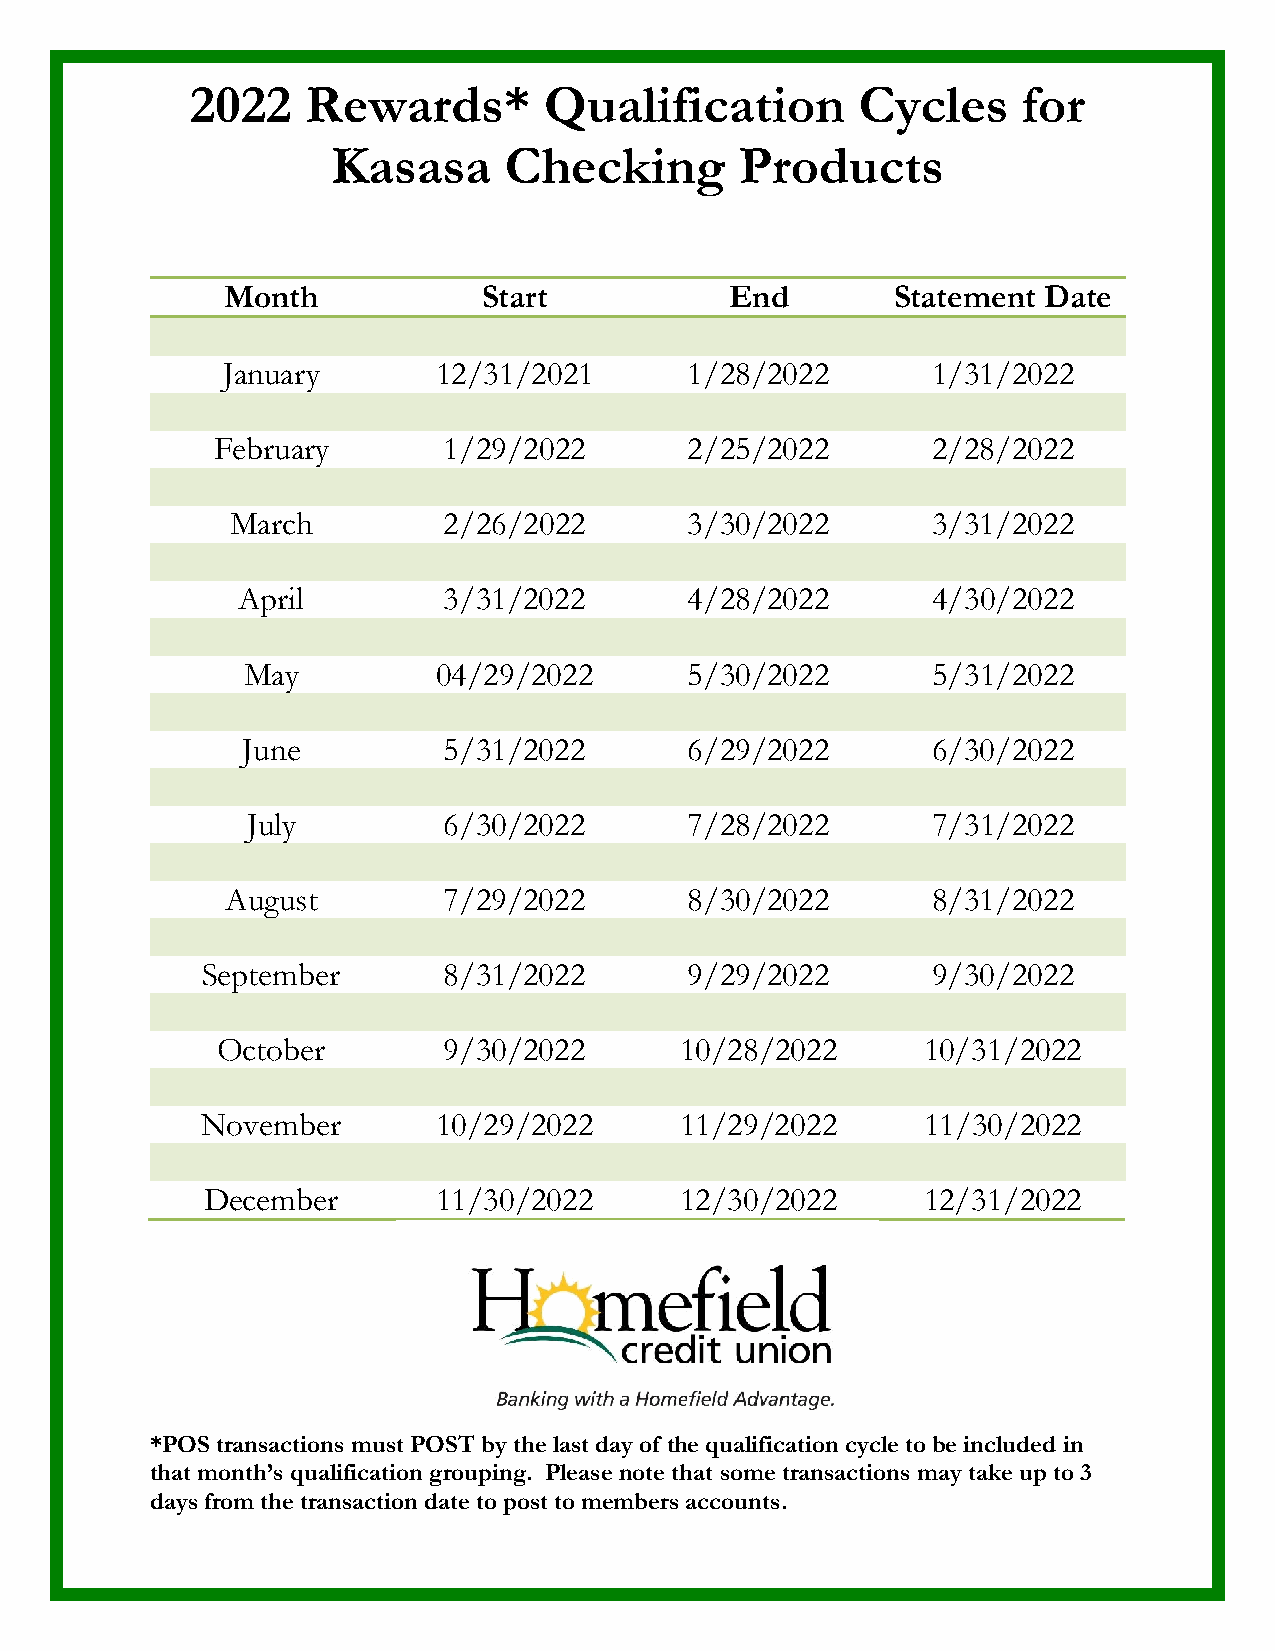
2022   Rewards*        Qualification        Cycles     for
 Kasasa     Checking        Products
 Month            Start           End        Statement Date
 January       12/31/2021       1/28/2022       1/31/2022
 February       1/29/2022        2/25/2022       2/28/2022
 March         2/26/2022        3/30/2022       3/31/2022
 April        3/31/2022        4/28/2022       4/30/2022
 May          04/29/2022       5/30/2022       5/31/2022
 June         5/31/2022        6/29/2022       6/30/2022
 July         6/30/2022        7/28/2022       7/31/2022
 August        7/29/2022        8/30/2022       8/31/2022
 September       8/31/2022        9/29/2022       9/30/2022
 October        9/30/2022       10/28/2022      10/31/2022
 November        10/29/2022      11/29/2022      11/30/2022
 December        11/30/2022      12/30/2022      12/31/2022
 *POS transactions must POST by the last day of the qualification cycle to be included in
 that month’s qualification grouping. Please note that some transactions may take up to 3
 days from the transaction date to post to members accounts.